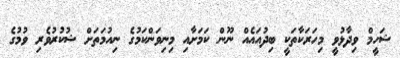
ޝަހީމް ވިދާޅުވީ މިހަރަކާތަކީ ބިދުއައެއް ނޫން ކަމަށާއި މިނިވަންކަމުގެ ނިއުމަތަށް ޝުކުރުވެރި ވުމުގެ